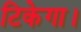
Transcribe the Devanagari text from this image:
टिकेगा।